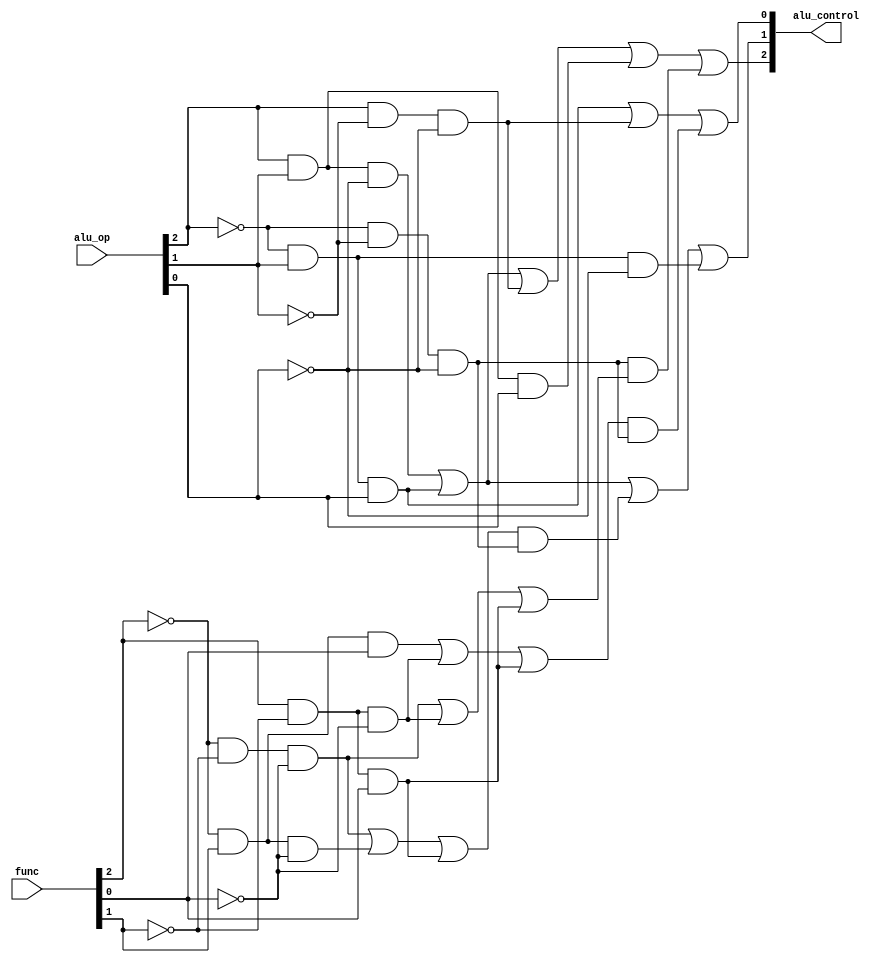
module mips_alu_control(alu_control, alu_op, func);

	output [2:0] alu_control;
	input [2:0] alu_op, func;
	
	
	wire f2_not, f1_not, f0_not, aluop2_not, aluop1_not, aluop0_not;
	
	not not0(f0_not, func[0]);
	not not1(f1_not, func[1]);
	not not2(f2_not, func[2]);
	
	not not10(aluop0_not, alu_op[0]);
	not not11(aluop1_not, alu_op[1]);
	not not12(aluop2_not, alu_op[2]);

	// alu selection bits
	// ALU CONTROL 2 = ((a2 a1 a0) ((f2 f1 f0) + (f2 f1 f0) + (f2 f1 f0))) + (a2 a1 a0) + (a2 a1 a0)+ (a2 a1 a0) + (a2 a1 a0)
	wire and0_out, and1_out, and2_out, and3_out, and4_out, and5_out, and6_out, and7_out, and8_out;
	wire or0_out;
	
	and and0(and0_out, aluop2_not, aluop1_not, aluop0_not);
	and and1(and1_out, f2_not, f1_not, f0_not);
	and and2(and2_out, func[2], f1_not, f0_not);
	and and3(and3_out, func[2], f1_not, func[0]);
	and and4(and4_out, alu_op[2], alu_op[1], aluop0_not);
	and and5(and5_out, aluop2_not, alu_op[1], alu_op[0]);
	and and6(and6_out, alu_op[2], aluop1_not, aluop0_not);
	and and7(and7_out, alu_op[2], alu_op[1], alu_op[0]);
	or or0(or0_out, and1_out, and2_out, and3_out);
	and and8(and8_out, and0_out, or0_out);
	or or1(alu_control[2], and4_out, and5_out, and6_out, and7_out, and8_out);
	
	// ALU CONTROL 1 = ((a2 a1 a0) ((f2 f1 f0) + (f2 f1 f0) + (f2 f1 f0))) + (a2 a1 a0) + (a2 a1 a0) + (a2 a1 a0)
	wire and10_out, and11_out, and12_out, and13_out, and14_out, and15_out, and16_out, and17_out;
	wire or10_out;
	
	and and10(and10_out, aluop2_not, aluop1_not, aluop0_not);
	and and11(and11_out, f2_not, f1_not, f0_not);
	and and12(and12_out, f2_not, func[1], f0_not);
	and and13(and13_out, func[2], f1_not, func[0]);
	and and14(and14_out, alu_op[2], alu_op[1], aluop0_not);
	and and15(and15_out, aluop2_not, alu_op[1], alu_op[0]);
	and and17(and17_out, aluop2_not, alu_op[1], aluop0_not);
	or or10(or10_out, and11_out, and12_out, and13_out);
	and and16(and16_out, or10_out, and10_out);
	or or11(alu_control[1], and14_out, and15_out, and16_out, and17_out);
	
	
	// ALU CONTROL 0 = ((a2 a1 a0) ((f2 f1 f0) + (f2 f1 f0) + (f2 f1 f0))) + (a2 a1 a0) + (a2 a1 a0)
	wire and20_out, and21_out, and22_out, and23_out, and24_out, and25_out, and26_out;
	wire or20_out;
	
	and and20(and20_out, aluop2_not, aluop1_not, aluop0_not);
	and and21(and21_out, f2_not, func[1], func[0]);
	and and22(and22_out, func[2], f1_not, f0_not);
	and and23(and23_out, func[2], f1_not, func[0]);
	and and24(and24_out, aluop2_not, alu_op[1], alu_op[0]);
	and and25(and25_out, alu_op[2], aluop1_not, aluop0_not);
	or or20(or20_out, and21_out, and22_out, and23_out);
	and and26(and26_out, or20_out, and20_out);
	or or21(alu_control[0], and24_out, and25_out, and26_out);
	
endmodule